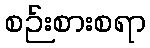
စဉ်းစားစရာ